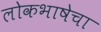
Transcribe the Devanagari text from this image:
लोकभाषेचा